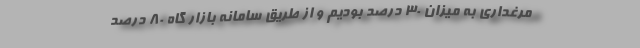
مرغداری به میزان ۳۰ درصد بودیم و از طریق سامانه بازار گاه ۸۰ درصد